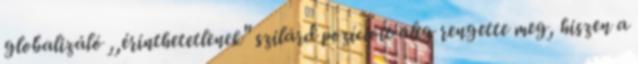
globalizáló ,,érinthetetlenek" szilárd pozícióit alig rengette meg, hiszen a